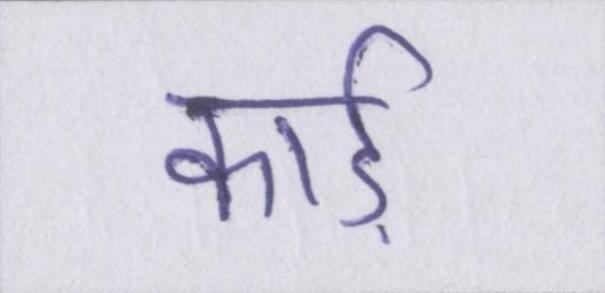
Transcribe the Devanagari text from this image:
कार्ड़